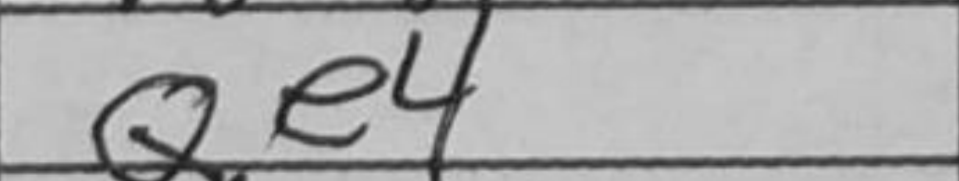
Transcription: Qe4